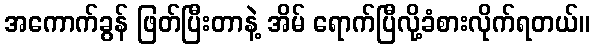
အကောက်ခွန် ဖြတ်ပြီးတာနဲ့ အိမ် ရောက်ပြီလို့ခံစားလိုက်ရတယ်။